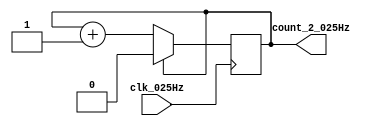
/**
 * Counter_2_025Hz
 * 2(0.25kHz)
 */
module Counter_2_025Hz(
	input clk_025Hz,			// 
	output reg count_2_025Hz		// 
);

initial count_2_025Hz <= 0;

always @(posedge clk_025Hz) begin
	if(count_2_025Hz == 1'd1)
		count_2_025Hz <= 0;
	else
		count_2_025Hz <= count_2_025Hz + 1;
end

endmodule